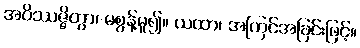
အဝိဿဇ္ဇိတွာ၊ မစွန့်မူ၍။ ယထာ၊ အကြင်အခြင်းဖြင့်။